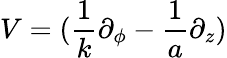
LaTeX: {\displaystyle{V=(\frac{1}{k}\partial_{\phi}-\frac{1}{a}\partial_{z})}}